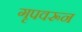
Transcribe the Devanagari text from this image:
गृपवरून